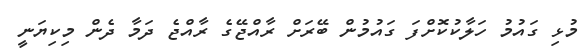
މުޅި ގައުމު ހަލާކުކޮށްފަ ގައުމުން ބޭރަށް ރާއްޖޭގެ ރާއްޖެ ދަމާ ދެން މިކިޔަނީ